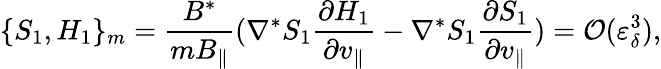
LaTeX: \{ S_{1},H_{1}\} _{m}=\frac{B^{*}}{mB_{\parallel}}(\nabla^{*}S_{1}\frac{\partial H_{1}}{\partial v_{\parallel}}-\nabla^{*}S_{1}\frac{\partial S_{1}}{\partial v_{\parallel}})=\mathcal{O}(\varepsilon_{\delta}^{3}),